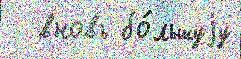
  вновь бо́льшуjу